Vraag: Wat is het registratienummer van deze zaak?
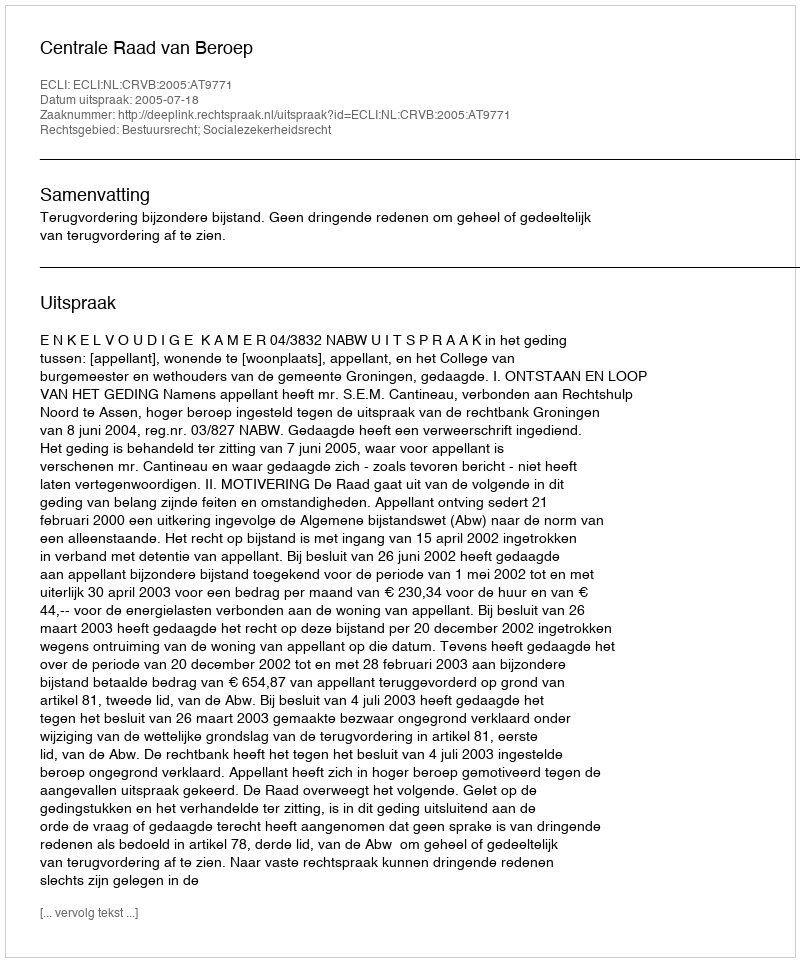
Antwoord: http://deeplink.rechtspraak.nl/uitspraak?id=ECLI:NL:CRVB:2005:AT9771